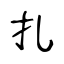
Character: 扎